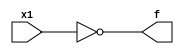
// Lab 2 Part 1
// Design a 2-to-1 multiplexer

// Module 1-to-1 not gate
module notGate(x1, f);

	// Port declaration
	input x1;
	output f;
	
	// Assignment
	assign f = ~x1; // Negate input
endmodule

// Module 2-to-1 or gate
module orGate(x1, x2, f);

	// Port declaration
	input x1, x2;
	output f;
	
	// Assignment
	assign f = (x1 == 1 || x2 == 1) ? 1'b1 : 1'b0; // Conditional statement
endmodule

// Module 2-to-1 and gate
module andGate(x1, x2, f);

	// Port declaration
	input x1, x2;
	output f;
	
	// Assignment
	assign f = x1 & x2; // Bitwise compare
endmodule

// Module 2-to-1 multiplexer
module mux2_to_1(A, B, S, Z);

	// Port declaration
	input A, B, S;
	output Z;
	
	// Internal wire
	wire SN, ASN, SB;
	
	// Not gate (input, output)
	notGate U1(S, SN);
	
	// And gate (input, input, output)
	andGate U2(A, SN, ASN);
	andGate U3(S, B, SB);
	
	// Or gate (input, input, output)
	orGate U4(ASN, SB, Z);
endmodule